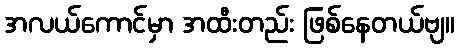
အလယ်ကောင်မှာ အထီးတည်း ဖြစ်နေတယ်ဗျ။